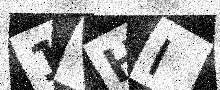
Text: 1YHI